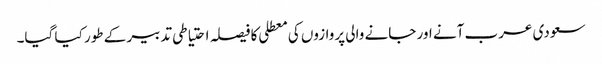
سعودی عرب آنے اور جانے والی پروازوں کی معطلی کا فیصلہ احتیاطی تدبیر کے طور کیا گیا۔